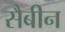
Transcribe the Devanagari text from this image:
सैबीन